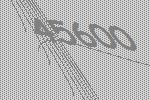
45600